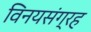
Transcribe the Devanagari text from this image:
विनयसंग्रह